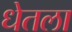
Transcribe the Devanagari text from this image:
धेतला